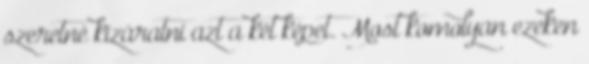
szeretné kizáratni azt a két képet. Most komolyan ezeken